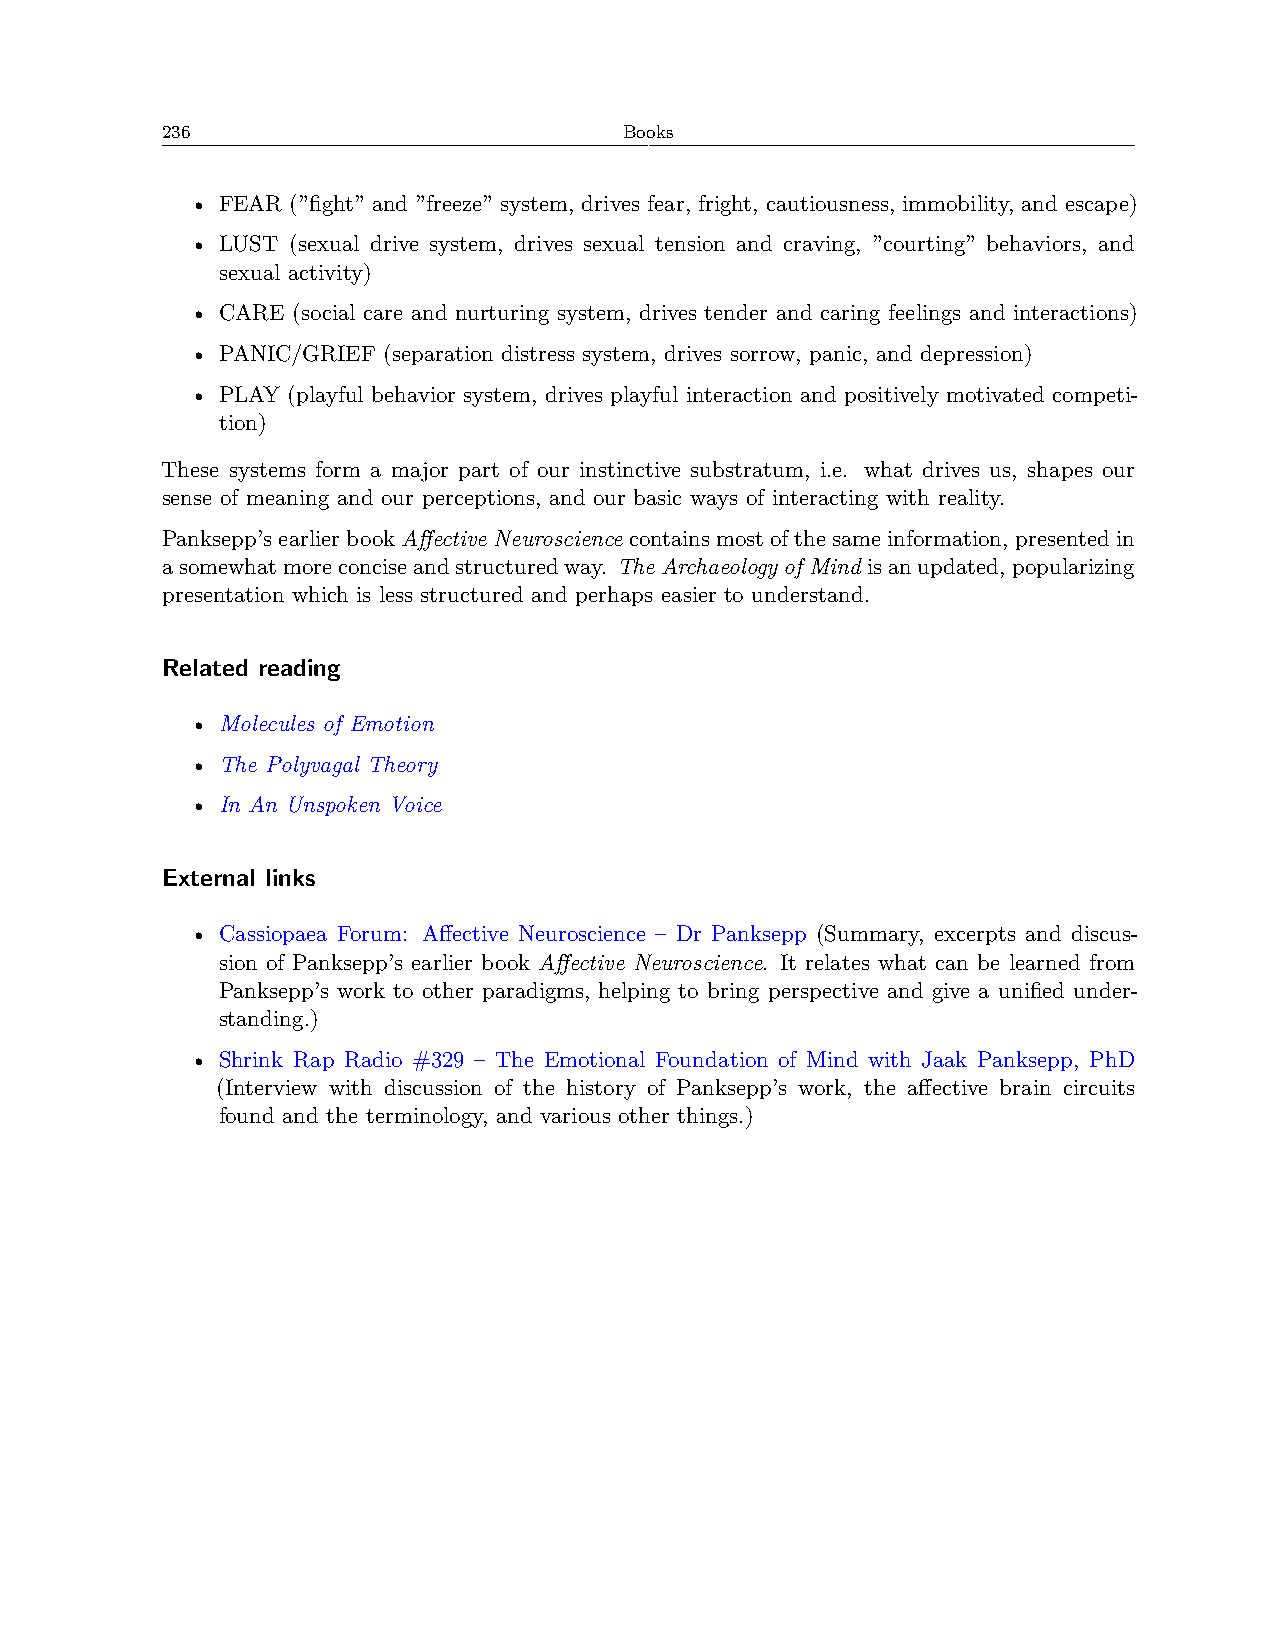
236                           Books
 • FEAR (”fight” and ”freeze” system, drives fear, fright, cautiousness, immobility, and escape)
 • LUST (sexual drive system, drives sexual tension and craving, ”courting” behaviors, and
 sexual activity)
 • CARE (social care and nurturing system, drives tender and caring feelings and interactions)
 • PANIC/GRIEF (separation distress system, drives sorrow, panic, and depression)
 • PLAY (playful behavior system, drives playful interaction and positively motivated competi-
 tion)
 These systems form a major part of our instinctive substratum, i.e. what drives us, shapes our
 sense of meaning and our perceptions, and our basic ways of interacting with reality.
 Panksepp’searlierbookAffective Neurosciencecontainsmostofthesameinformation, presentedin
 asomewhatmoreconciseandstructuredway. TheArchaeologyofMind isanupdated,popularizing
 presentation which is less structured and perhaps easier to understand.
 Related reading
 • Molecules of Emotion
 • The Polyvagal Theory
 • In An Unspoken Voice
 External links
 • Cassiopaea Forum: Affective Neuroscience – Dr Panksepp (Summary, excerpts and discus-
 sion of Panksepp’s earlier book Affective Neuroscience. It relates what can be learned from
 Panksepp’s work to other paradigms, helping to bring perspective and give a unified under-
 standing.)
 • Shrink Rap Radio #329 – The Emotional Foundation of Mind with Jaak Panksepp, PhD
 (Interview with discussion of the history of Panksepp’s work, the affective brain circuits
 found and the terminology, and various other things.)